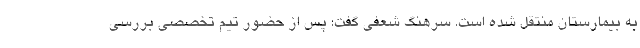
به بیمارستان منتقل شده است. سرهنگ شعفی گفت: پس از حضور تیم تخصصی بررسی